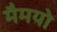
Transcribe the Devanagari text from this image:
मैमयो